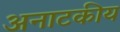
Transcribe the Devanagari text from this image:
अनाटकीय